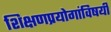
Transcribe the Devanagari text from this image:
शिक्षणप्रयोगांविषयी